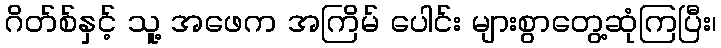
ဂိတ်စ်နှင့် သူ့ အဖေက အကြိမ် ပေါင်း များစွာတွေ့ဆုံကြပြီး၊